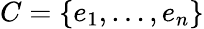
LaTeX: C=\{ e_{1},\ldots,e_{n}\}